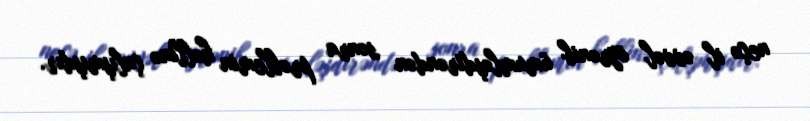
neçə il əvvəl öyrənib ümumləşdirəndən sonra problemin həllinə çalışmışdır.